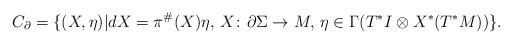
\begin{align*}C_{\partial}= \{(X,\eta)\vert dX= \pi^{\#}(X)\eta,\, X\colon \partial \Sigma \to M, \, \eta \in \Gamma (T^*I \otimes X^*(T^*M))\}.\end{align*}